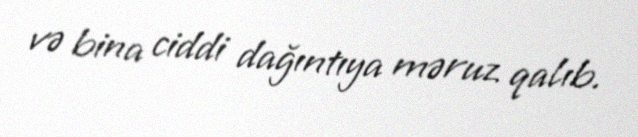
və bina ciddi dağıntıya məruz qalıb.